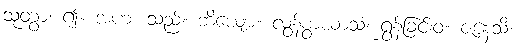
သုတွာ၊ ၍။ အဟံ၊ သည်။ ဘိယျော။ လွန်စွာယာသံ၊ ရွှန်ခြင်းဝံ။ ဇနေသိ၊